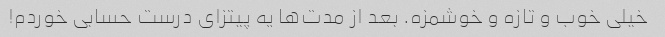
خیلی خوب و تازه و خوشمزه. بعد از مدت‌ها یه پیتزای درست حسابی خوردم!